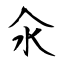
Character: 氽